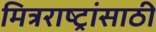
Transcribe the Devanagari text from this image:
मित्रराष्ट्रांसाठी